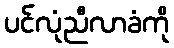
ပင်လုံညီလာခံကို